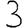
Digit: 3